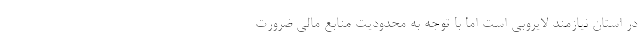
در استان نیازمند لایروبی است اما با توجه به محدودیت منابع مالی ضرورت